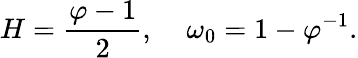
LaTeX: H=\frac{\varphi-1}{2},\; \; \; \; \omega_{0}=1-\varphi^{-1}.